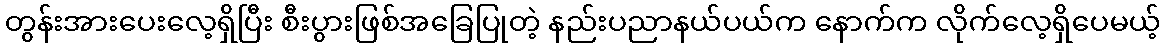
တွန်းအားပေးလေ့ရှိပြီး စီးပွားဖြစ်အခြေပြုတဲ့ နည်းပညာနယ်ပယ်က နောက်က လိုက်လေ့ရှိပေမယ့်